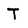
Character: T